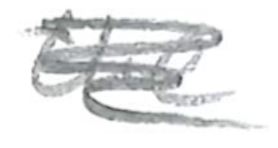
Text: the
Cross-out: scratch
Writing tool: pencil